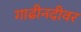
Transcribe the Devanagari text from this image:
गाढीनदीवर